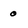
Character: 0